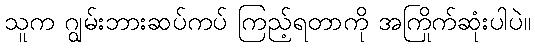
သူက ဂျွမ်းဘားဆပ်ကပ် ကြည့်ရတာကို အကြိုက်ဆုံးပါပဲ။